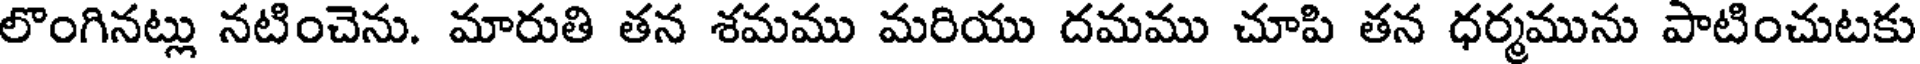
లొంగినట్లు నటించెను. మారుతి తన శమము మరియు దమము చూపి తన ధర్మమును పాటించుటకు